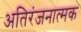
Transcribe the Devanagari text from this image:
अतिरंजनात्मक